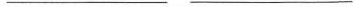
___ ___